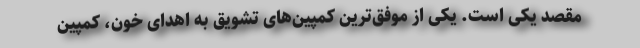
مقصد یکی است. یکی از موفق‌ترین کمپین‌های تشویق به اهدای خون، کمپین